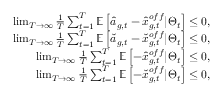
\begin{array} { r } { \operatorname* { l i m } _ { T \rightarrow \infty } \frac { 1 } { T } \sum _ { t = 1 } ^ { T } \mathbb { E } \left[ \hat { a } _ { g , t } - \hat { x } _ { g , t } ^ { o f f } | \boldsymbol { \Theta } _ { t } \right] \leq 0 , } \\ { \operatorname* { l i m } _ { T \rightarrow \infty } \frac { 1 } { T } \sum _ { t = 1 } ^ { T } \mathbb { E } \left[ \check { a } _ { g , t } - \check { x } _ { g , t } ^ { o f f } | \boldsymbol { \Theta } _ { t } \right] \leq 0 , } \\ { \operatorname* { l i m } _ { T \rightarrow \infty } \frac { 1 } { T } \sum _ { t = 1 } ^ { T } \mathbb { E } \left[ - \hat { x } _ { g , t } ^ { o f f } | \boldsymbol { \Theta } _ { t } \right] \leq 0 , } \\ { \operatorname* { l i m } _ { T \rightarrow \infty } \frac { 1 } { T } \sum _ { t = 1 } ^ { T } \mathbb { E } \left[ - \check { x } _ { g , t } ^ { o f f } | \boldsymbol { \Theta } _ { t } \right] \leq 0 , } \end{array}